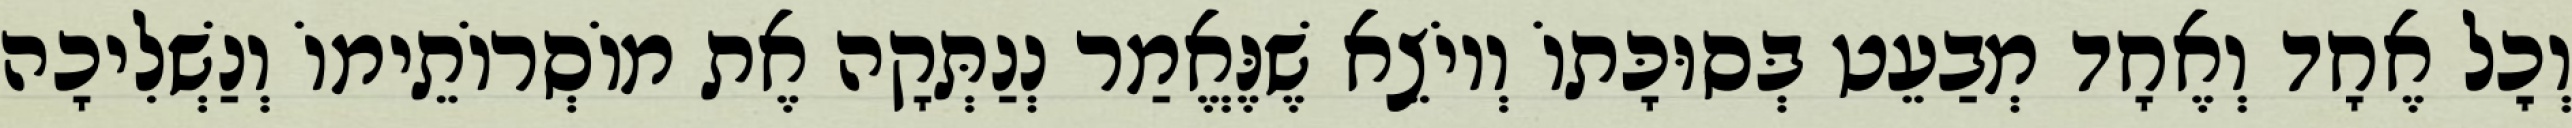
וְכׇל אֶחָד וְאֶחָד מְבַעֵט בְּסוּכָּתוֹ וְיוֹצֵא שֶׁנֶּאֱמַר נְנַתְּקָה אֶת מוֹסְרוֹתֵימוֹ וְנַשְׁלִיכָה